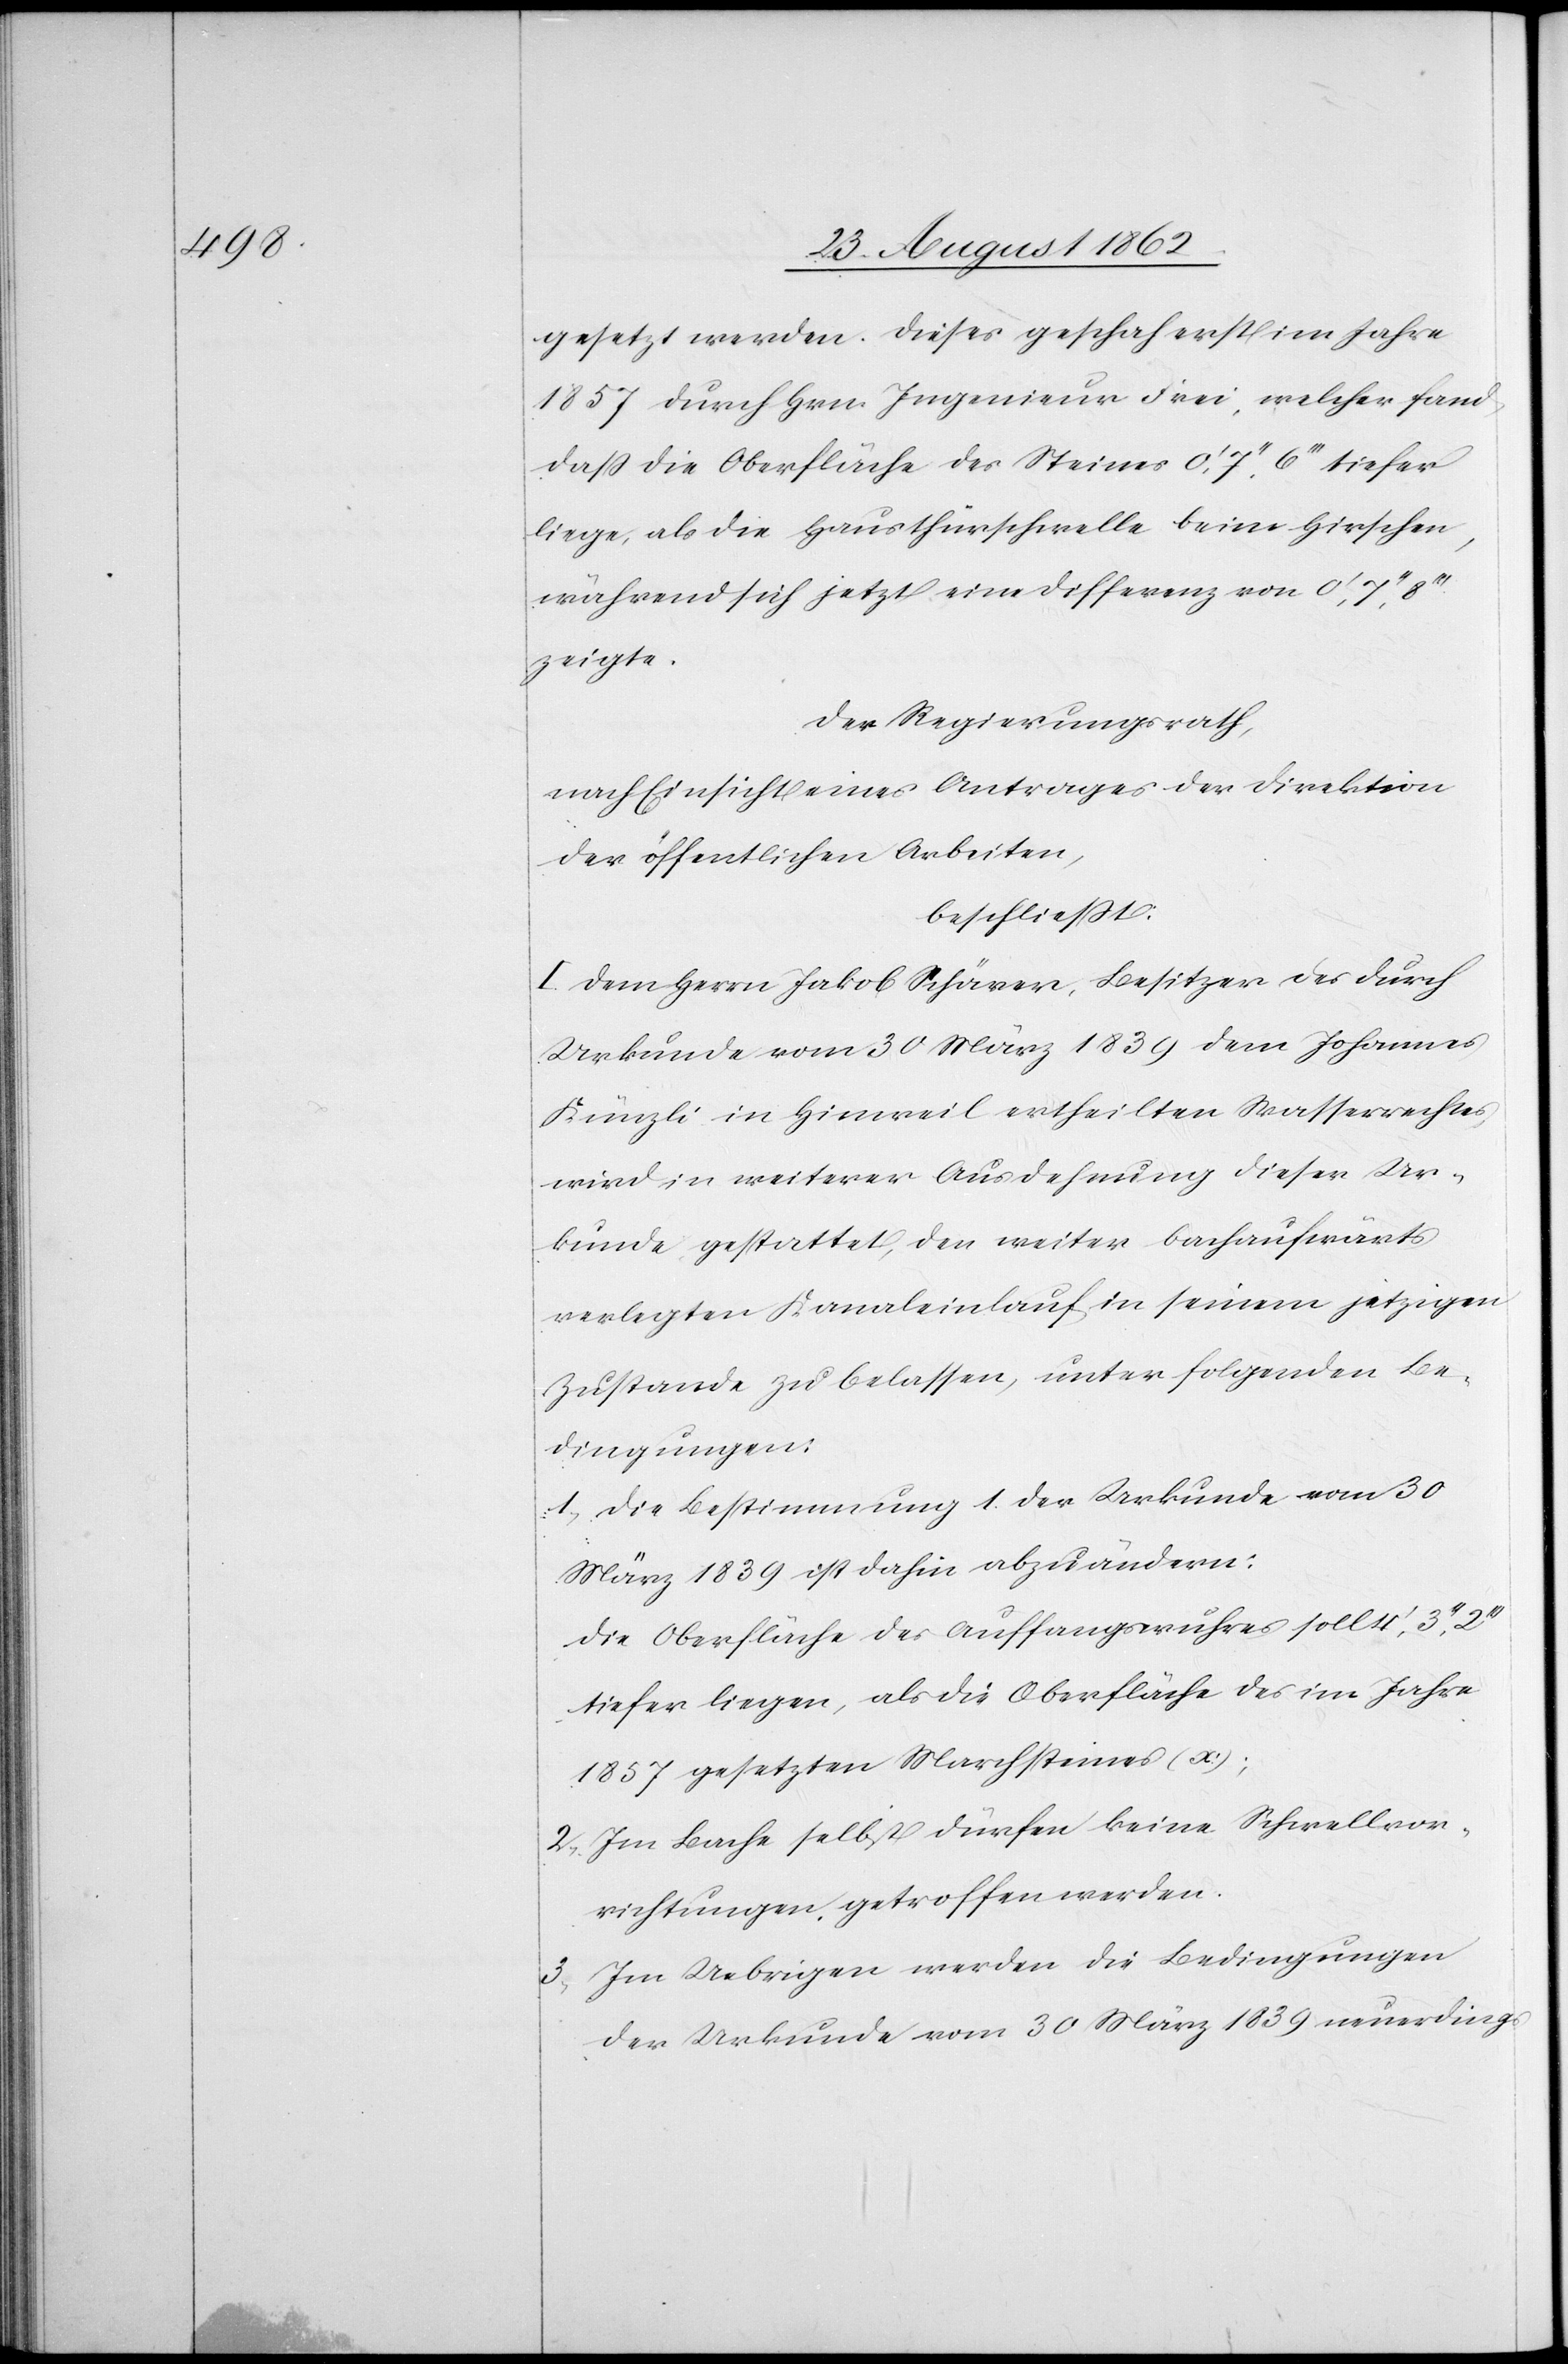
gesetzt werden. Dieses geschah erst im Jahre
1857 durch Hrn. Ingenieur Frei, welcher fand,
daß die Oberfläche des Steines 0’,7’,’6’’’ tiefer
liege, als die Hausthürschwelle beim Hirschen,
während sich jetzt eine Differenz von 0’,7’’,8’’’
zeigte.
Der Regierungsrath,
nach Einsicht eines Antrages der Direktion
der öffentlichen Arbeiten,
beschließt:
I. Dem Herrn Jakob Schärer, Besitzer des durch
Urkunde vom 30. März 1839 dem Johannes
Künzli in Hinweil ertheilten Wasserrechtes,
wird in weiterer Ausdehnung dieser Ur¬
kunde gestattet, den weiter bachaufwärts
verlegten Kanaleinlauf in seinem jetzigen
Zustande zu belassen, unter folgenden Be¬
dingungen:
1. Die Bestimmung 1 der Urkunde vom 30.
März 1839 ist dahin abzuändern:
Die Oberfläche des Auffangswuhres soll 4’,3’’,2’’’
tiefer liegen, als die Oberfläche des im Jahre
1857 gesetzten Marchsteines (x);
2. Im Bache selbst dürfen keine Schwellvor¬
richtungen getroffen werden.
3. Im Uebrigen werden die Bedingungen
der Urkunde vom 30. März 1839 neuerdings